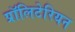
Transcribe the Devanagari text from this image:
प्रॉलिटेरियन